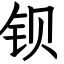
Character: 钡